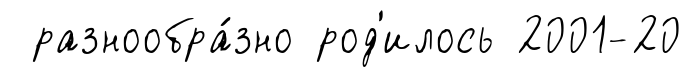
разнообра́зно род'илось 2001-20